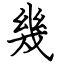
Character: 幾